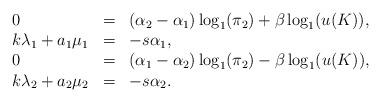
LaTeX: \begin{align*}\begin{array}{lcl}0 &=& (\alpha_2-\alpha_1)\log_1(\pi_2)+\beta\log_1(u(K)),\\ k\lambda_1+a_1\mu_1 &=& -s\alpha_1 ,\\0 &=& (\alpha_1-\alpha_2)\log_1(\pi_2)-\beta\log_1(u(K)),\\ k\lambda_2+a_2\mu_2 &=&-s\alpha_2.\end{array}\end{align*}